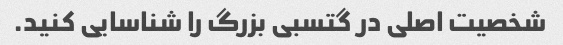
شخصیت اصلی در گتسبی بزرگ را شناسایی کنید.